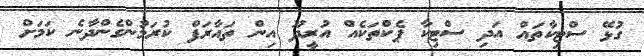
ގުޅޭ ސްޓިކާތައް އަދި ސްޓިކާ ޕެކްތަކެއް އުރީދޫ އިން ތައާރަފް ކުރަމުންގެންދާނެ ކަމަށް